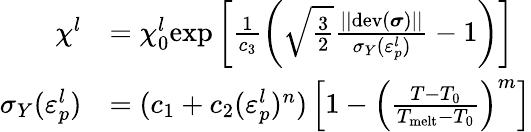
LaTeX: \begin{array}{rl}{\chi^{l}}&{=\chi_{0}^{l}\mathrm{exp}\left[\frac{1}{c_{3}}\left(\sqrt{\frac{3}{2}}\frac{||\mathrm{dev}(\boldsymbol\sigma)||}{\sigma_{Y}(\varepsilon_{p}^{l})}-1\right)\right]}\\ {\sigma_{Y}(\varepsilon_{p}^{l})}&{=(c_{1}+c_{2}(\varepsilon_{p}^{l})^{n})\left[1-\left(\frac{T-T_{0}}{T_{\mathrm{melt}}-T_{0}}\right)^{m}\right]}\end{array}